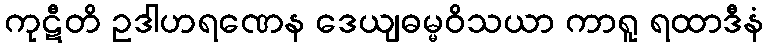
ကုဋီတိ ဥဒါဟရဏေန ဒေယျဓမ္မဝိသယာ ကာရူ ရထာဒီနံ